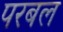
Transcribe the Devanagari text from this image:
परबल